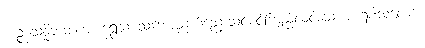
ကဉ္စနသန္နိဘတစာ၊ ရွှေသားသဘောညက်ညောသင့်စင်ကြည်လင်သောအရေပါသလော။